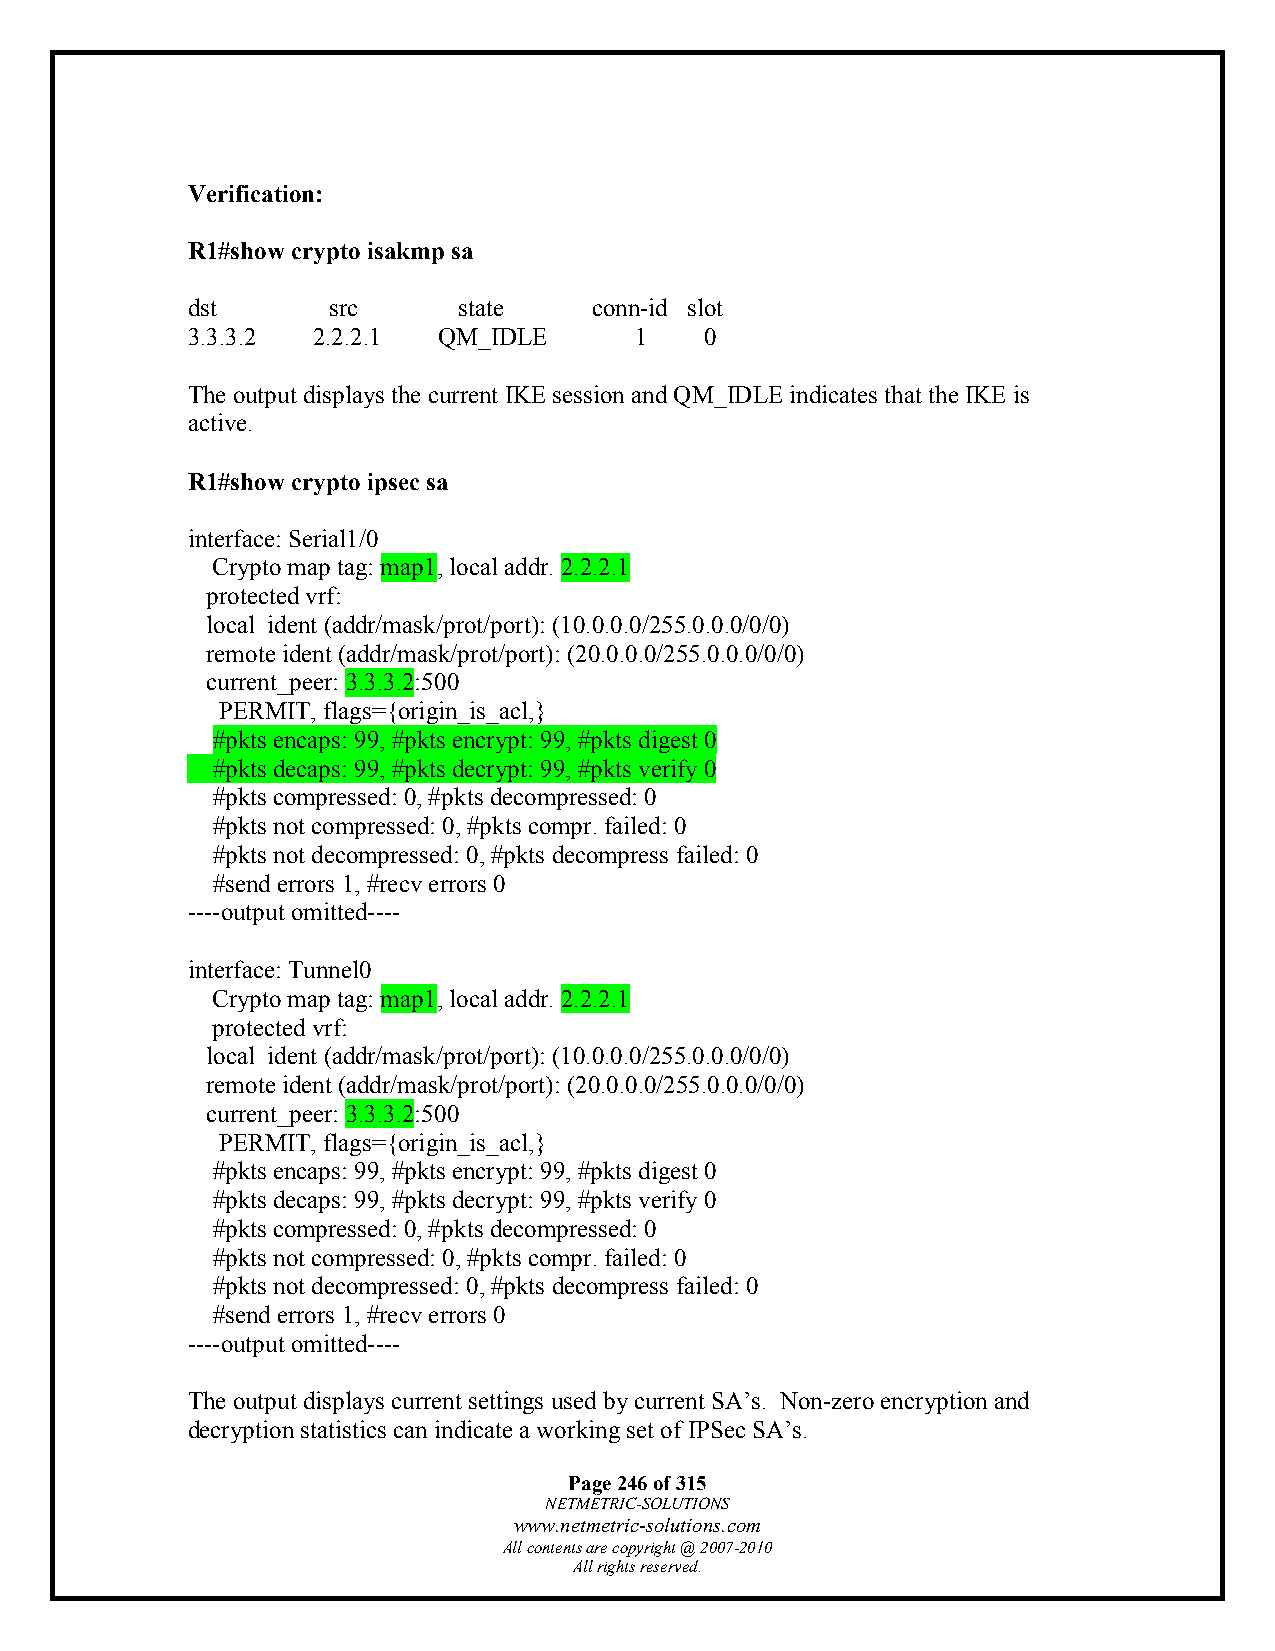
Verification:
 R1#show crypto isakmp sa
 dst       src     state    conn-id slot
 3.3.3.2  2.2.2.1 QM_IDLE      1    0
 The output displays the current IKE session and QM_IDLE indicates that the IKE is
 active.
 R1#show crypto ipsec sa
 interface: Serial1/0
 Crypto map tag: map1, local addr. 2.2.2.1
 protected vrf:
 local ident (addr/mask/prot/port): (10.0.0.0/255.0.0.0/0/0)
 remote ident (addr/mask/prot/port): (20.0.0.0/255.0.0.0/0/0)
 current_peer: 3.3.3.2:500
 PERMIT, flags={origin_is_acl,}
 #pkts encaps: 99, #pkts encrypt: 99, #pkts digest 0
 #pkts decaps: 99, #pkts decrypt: 99, #pkts verify 0
 #pkts compressed: 0, #pkts decompressed: 0
 #pkts not compressed: 0, #pkts compr. failed: 0
 #pkts not decompressed: 0, #pkts decompress failed: 0
 #send errors 1, #recv errors 0
 ----output omitted----
 interface: Tunnel0
 Crypto map tag: map1, local addr. 2.2.2.1
 protected vrf:
 local ident (addr/mask/prot/port): (10.0.0.0/255.0.0.0/0/0)
 remote ident (addr/mask/prot/port): (20.0.0.0/255.0.0.0/0/0)
 current_peer: 3.3.3.2:500
 PERMIT, flags={origin_is_acl,}
 #pkts encaps: 99, #pkts encrypt: 99, #pkts digest 0
 #pkts decaps: 99, #pkts decrypt: 99, #pkts verify 0
 #pkts compressed: 0, #pkts decompressed: 0
 #pkts not compressed: 0, #pkts compr. failed: 0
 #pkts not decompressed: 0, #pkts decompress failed: 0
 #send errors 1, #recv errors 0
 ----output omitted----
 The output displays current settings used by current SA’s. Non-zero encryption and
 decryption statistics can indicate a working set of IPSec SA’s.
 Page 246 of 315
 NETMETRIC-SOLUTIONS
 www.netmetric-solutions.com
 All contents are copyright @ 2007-2010
 All rights reserved.